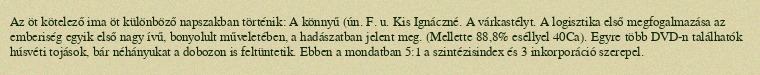
Az öt kötelező ima öt különböző napszakban történik: A könnyű (ún. F. u. Kis Ignáczné. A várkastélyt. A logisztika első megfogalmazása az emberiség egyik első nagy ívű, bonyolult műveletében, a hadászatban jelent meg. (Mellette 88,8% eséllyel 40Ca). Egyre több DVD-n találhatók húsvéti tojások, bár néhányukat a dobozon is feltüntetik. Ebben a mondatban 5:1 a szintézisindex és 3 inkorporáció szerepel.